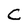
Character: c